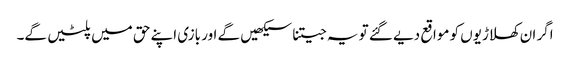
اگر ان کھلاڑیوں کو مواقع دیے گئے تو یہ جیتنا سیکھیں گے اور بازی اپنے حق میں پلٹیں گے۔